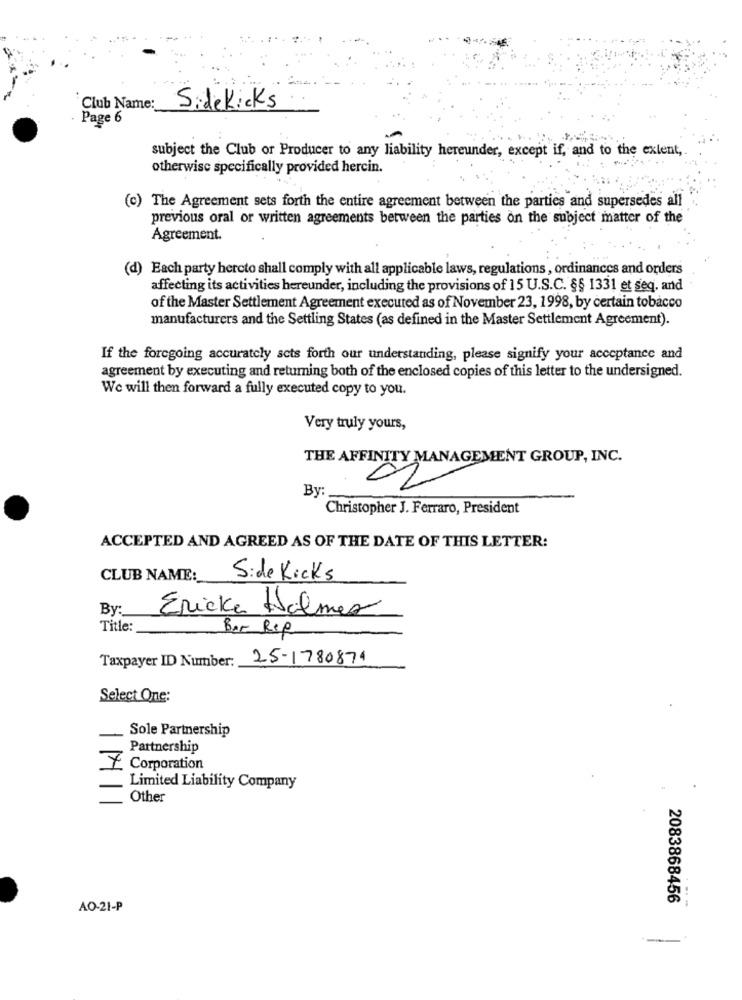
Club Name:
SideKicks
Page 6
subject the Club or Producer to any liability hereunder, except if, and to the extent,
otherwise specifically provided hercin.
(c) The Agreement sets forth the entire agreement between the parties and supersedes all
previous oral or written agreements between the parties on the subject matter of the
Agreement.
(d) Each party hercto shall comply with all applicable laws, regulations, ordinances and orders
affecting its activities hereunder, including the provisions of 15 U.S.C. §§ 1331 et seq, and
of the Master Settlement Agreement executed as of November 23, 1998, by certain tobacco
manufacturers and the Settling States (as defined in the Master Settlement Agreement).
If the foregoing accurately sets forth our understanding, please signify your acceptance and
agreement by executing and returning both of the enclosed copies of this letter to the undersigned.
We will then forward a fully executed copy to you.
Very truly yours,
THE AFFINITY MANAGEMENT GROUP, INC.
By
02
Christopher J. Ferraro, President
ACCEPTED AND AGREED AS OF THE DATE OF THIS LETTER:
CLUB NAME:
Side Kicks
By :_
Ericke Holmes
Title:
Bar Rep
Taxpayer ID Number:
25-1780874
Select One:
Sole Partnership
Partnership
X Corporation
Limited Liability Company
Other
2083868456
AO-21-P
-